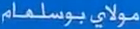
مولايبوسلمام